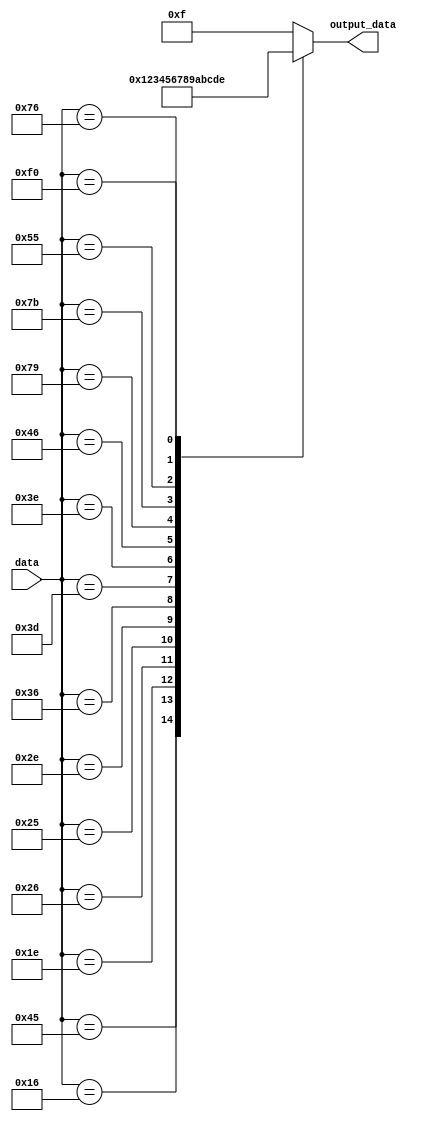
`timescale 1ns / 1ps
module Key_decoder(
    input      [7:0] data,
    output reg [3:0] output_data
    );
    
    always @(data)
    begin
        case(data [7:0])
            8'b01000101: output_data <= 4'b0000;         //0
            8'b00010110: output_data <= 4'b0001;         //1
            8'b00011110: output_data <= 4'b0010;         //2
            8'b00100110: output_data <= 4'b0011;         //3
            8'b00100101: output_data <= 4'b0100;         //4
            8'b00101110: output_data <= 4'b0101;         //5
            8'b00110110: output_data  <= 4'b0110;        //6
            8'b00111101: output_data  <= 4'b0111;        //7
            8'b00111110: output_data  <= 4'b1000;        //8
            8'b01000110: output_data  <= 4'b1001;        //9
            8'b01111001: output_data  <= 4'b1010;        //+
            8'b01111011: output_data  <= 4'b1011;        //-
            8'b01010101: output_data  <= 4'b1100;        //=
            8'b01110110: output_data  <= 4'b1101;        //esc
            8'b11110000: output_data  <= 4'b1110;        //break
            default:     output_data  <= 4'b1111;        //odebrany klawisz nie jest dozwolony
        endcase
    end
endmodule